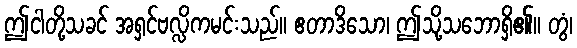
ဤငါတို့သခင် အရှင်ဗလ္လိကမင်းသည်။ ဧတာဒိသော၊ ဤသို့သဘောရှိ၏။ တွံ၊